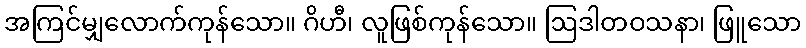
အကြင်မျှလောက်ကုန်သော။ ဂိဟီ၊ လူဖြစ်ကုန်သော။ ဩဒါတဝသနာ၊ ဖြူသော